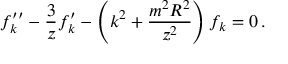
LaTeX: f _ { k } ^ { \prime \prime } - { \frac { 3 } { z } } f _ { k } ^ { \prime } - \left( k ^ { 2 } + { \frac { m ^ { 2 } R ^ { 2 } } { z ^ { 2 } } } \right) f _ { k } = 0 \, .